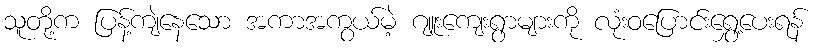
သူတို့က ပြန့်ကျဲနေသော အကာအကွယ်မဲ့ ဂျူးကျေးရွာများကို လုံးဝပြောင်းရွှေ့ပေးရန်